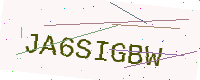
Text: JA6SIGBW